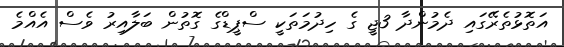
އަތޮޅުތެރޭގައި ދެމުންދާ 3ޖީ ގެ ހިދުމަތަކީ ސްޕީޑްގެ ގޮތުން ބަލާއިރު ވެސް އެއްމެ